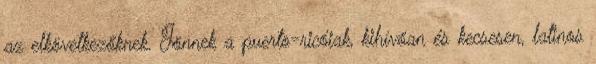
az elkövetkezőknek. Jönnek a puerto-ricóiak, kihívóan és kecsesen, latinos